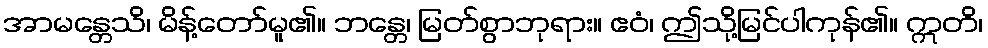
အာမန္တေသိ၊ မိန့်တော်မူ၏။ ဘန္တေ၊ မြတ်စွာဘုရား။ ဧဝံ၊ ဤသို့မြင်ပါကုန်၏။ ဣတိ၊